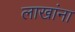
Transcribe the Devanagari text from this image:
लाखांना